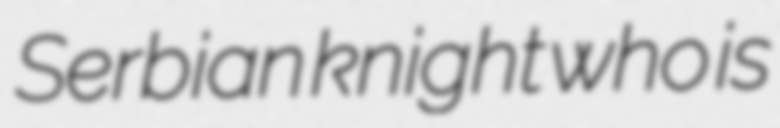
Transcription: Serbian knight who is